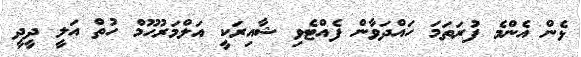
ޅެން އެންމެ ފުރަތަމަ ހައްދަވާން ފެއްޓެވި ޝާއިރަކީ އަލްމަރުހޫމް ހުތް އަލީ ދީދީ